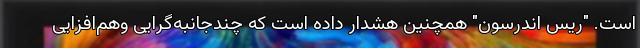
است. "ریس اندرسون" همچنین هشدار داده است که چندجانبه‌گرایی وهم‌افزایی